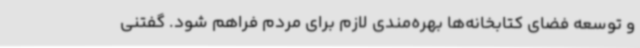
و توسعه فضای کتابخانه‌ها بهره‌مندی لازم برای مردم فراهم شود. گفتنی